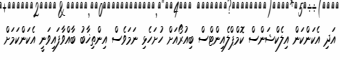
އަދި އެކަންކަން އިލެކްޝަންސް ކޮމްޕްލެއިންޓްސް ބިއުރޯއަށް ހުށަހެޅި ނަމަވެސް އިންތިޚާބު ބާއްވާފައިވަނީ އެކަންކަމަށް